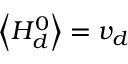
\left\langle H _ { d } ^ { 0 } \right\rangle = v _ { d }